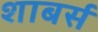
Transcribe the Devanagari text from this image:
शाबर्स